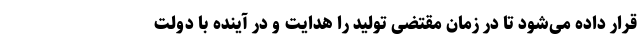
قرار داده می‌شود تا در زمان مقتضی تولید را هدایت و در آینده با دولت